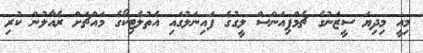
މިއީ މިދިޔަ ސީޒަނުގެ ޗެމްޕިއަންސް ލީގުގެ ފައިނަލުގައި އެތުލެޓިކޯގެ މައްޗަށް ރެއާލުން ކުރި